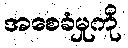
အစေခံမှုကို